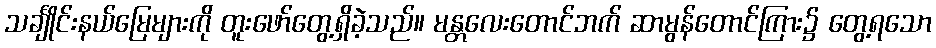
သင်္ချိုင်းနယ်မြေများကို တူးဖော်တွေ့ရှိခဲ့သည်။ မန္တလေးတောင်ဘက် ဆာမွန်တောင်ကြား၌ တွေ့ရသော